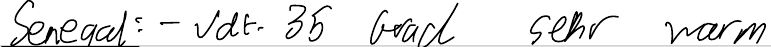
Senegal: - Jdt. 35 Grad sehr warm